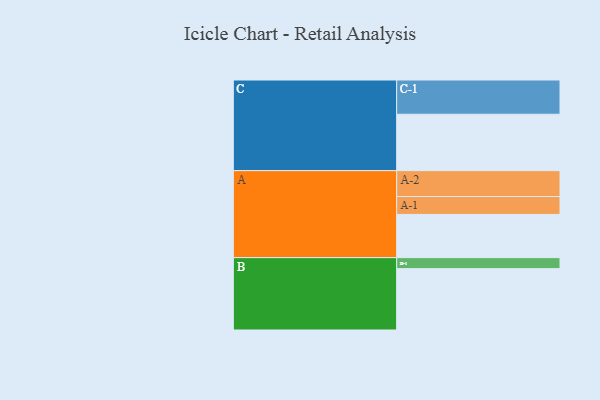
{"axis": {"x": "Segment", "y": "Value"}, "legend": ["", "A", "B", "C"], "data": [{"x": "A", "y": 322, "type": ""}, {"x": "B", "y": 457, "type": ""}, {"x": "C", "y": 420, "type": ""}, {"x": "A-1", "y": 133, "type": "A"}, {"x": "A-2", "y": 193, "type": "A"}, {"x": "B-1", "y": 82, "type": "B"}, {"x": "C-1", "y": 255, "type": "C"}]}